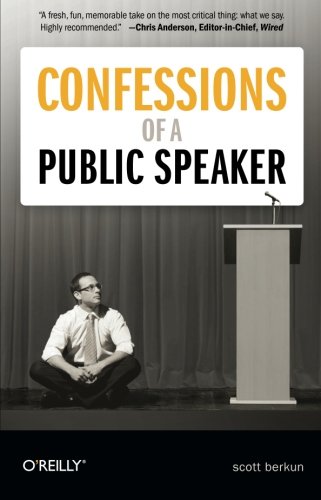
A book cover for Confessions of a Public Speaker (English and English Edition); Scott Berkun; Computers & Technology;